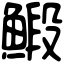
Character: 𩹨